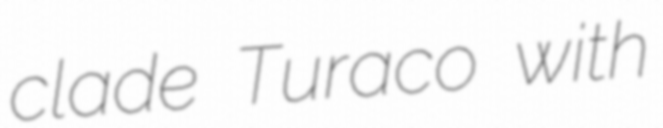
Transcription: clade Turaco with